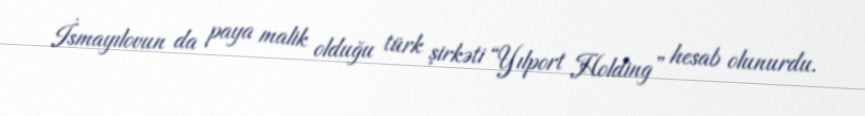
İsmayılovun da paya malik olduğu türk şirkəti “Yılport Holding” hesab olunurdu.